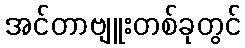
အင်တာဗျူးတစ်ခုတွင်